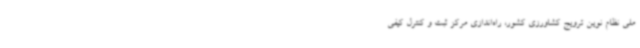
ملی نظام نوین ترویج کشاورزی کشور، راه‌اندازی مرکز ثبت و کنترل کیفی